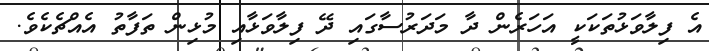
އެ ފިލާވަޅުތަކަކީ އަހަރެން ދާ މަދަރުސާގައި ދޭ ފިލާވަޅާއި މުޅިން ތަފާތު އެއްޗެކެވެ.